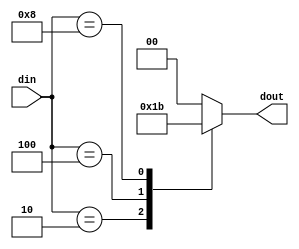
module encoder (
    input [3:0] din,
    output reg [1:0] dout
);

always @(din)
case(din)
    4'b0001 : dout = 2'b00;
    4'b0010 : dout = 2'b01;
    4'b0100 : dout = 2'b10;
    4'b1000 : dout = 2'b11;
    default : dout = 2'b00;
endcase

endmodule